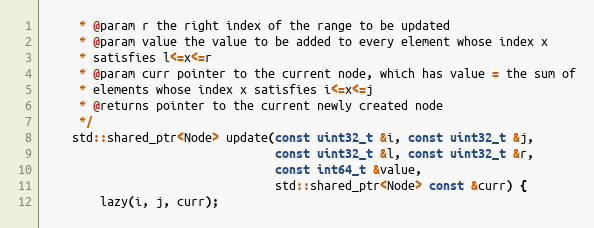
Language: C++
     * @param r the right index of the range to be updated
     * @param value the value to be added to every element whose index x
     * satisfies l<=x<=r
     * @param curr pointer to the current node, which has value = the sum of
     * elements whose index x satisfies i<=x<=j
     * @returns pointer to the current newly created node
     */
    std::shared_ptr<Node> update(const uint32_t &i, const uint32_t &j,
                                 const uint32_t &l, const uint32_t &r,
                                 const int64_t &value,
                                 std::shared_ptr<Node> const &curr) {
        lazy(i, j, curr);